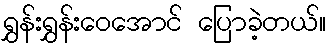
ရွှန်းရွှန်းဝေအောင် ပြောခဲ့တယ်။